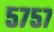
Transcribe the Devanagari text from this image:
५७५७